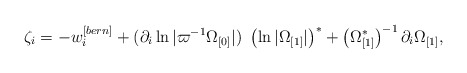
\begin{align*}\zeta _{i}=-w_{i}^{[bern]}+(\partial _{i}\ln |\varpi ^{-1}\Omega _{\lbrack0]}|)~\left( \ln |\Omega _{\lbrack 1]}|\right) ^{\ast }+\left( \Omega_{\lbrack 1]}^{\ast }\right) ^{-1}\partial _{i}\Omega _{\lbrack 1]},\end{align*}